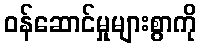
ဝန်ဆောင်မှုများစွာကို